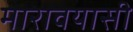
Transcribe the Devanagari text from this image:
मारावयासी